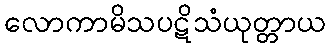
လောကာမိသပဋိသံယုတ္တာယ